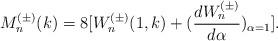
LaTeX: \begin{align*}M^{(\pm)}_n(k)=8[W^{(\pm)}_n(1,k)+(\frac{dW^{(\pm)}_n}{d\alpha})_{\alpha=1}].\end{align*}